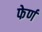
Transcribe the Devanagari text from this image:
फेर्ण